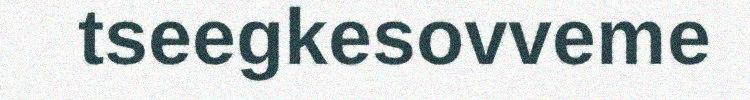
tseegkesovveme